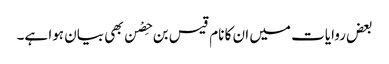
بعض روایات میں ان کا نام قیس بن حِصْن بھی بیان ہوا ہے۔